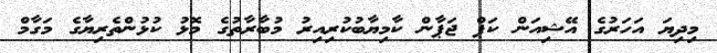
މިދިޔަ އަހަރުގެ އޭޝިއަން ކަޕް ޖަޕާން ކާމިޔާބުކުރިއިރު މުބާރާތުގެ މޮޅު ކުޅުންތެރިޔާގެ މަގާމް